Calcutta medical institutions reports 1871-78
Year: 1871
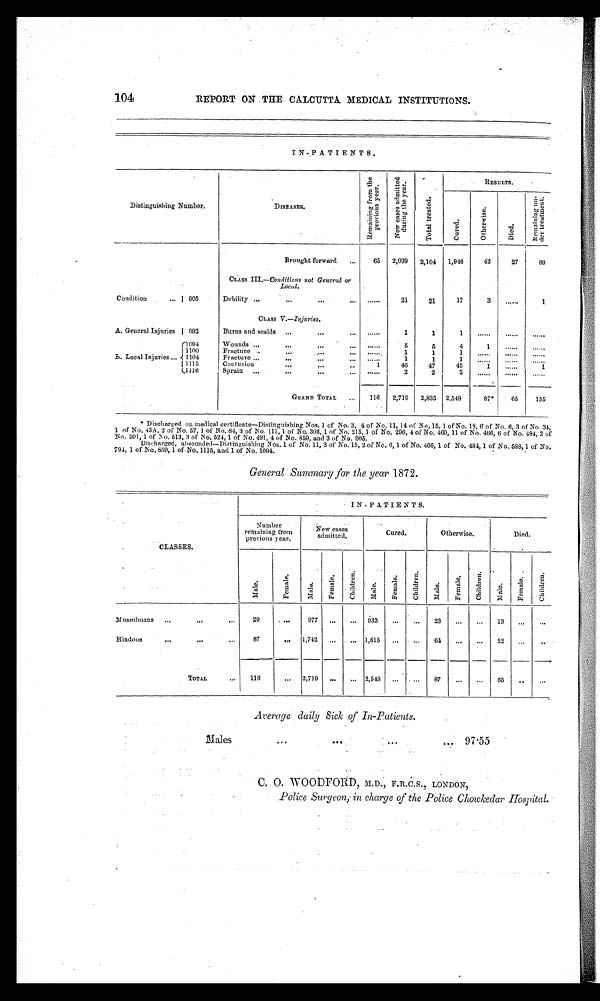
104
REPORT ON THE CALCUTTA MEDICAL INSTITUTIONS.
IN-PATIENTS.
Distinguishing Number.
DISEASES.
R e m a i n i n g f r o m t h e p r e v i o u s y e a r .
N e w c a s e s a d m i t t e d
d u r i n g t h e y e a r .
T o t a l t r e a t e d .
RESULTS.
C u r e d .
O t h e r w i s e .
Died.
Re ma i n i n g u n -
d e r t r e a t me n t .
Brought forward
65 2,039 2,104 1,946
42
27
89
CLASS III.—Conditions not General or
Local.
Condition
905
Debility
......
21
21
17
3
. . . . . .
1
CLASS V.—Injuries.
A. General Injuries 992
Burns and scalds
......
1
1
1
. . . . . .
. . . . . .
. . . . . .
B. Local Injuries
1094
Wounds
......
5
5
4
1
. . . . . .
. . . . . .
1100
Fracture
. . . . . .
1
1
1
. . . . . .
. . . . . .
. . . . . .
1104
Fracture
......
1
1
1
. . . . . .
. . . . . .
. . . . . .
1115
Contusion
1
46
47
45
1 ......
1
1116
Sprain
. . . . . . 2
2
2
. . . . . .
. . . . . .
. . . . . .
GRAND TOTAL
116 2,719 2,835 2,548
87*
65
135
* Discharged on medical certificate—Distinguishing Nos. 1 of No. 3, 4 of No. 11, 14 of No. 15, 1 of No. 18, 6 of No. 6, 3 of No. 34,
1 of No. 43A, 2 of No. 57, 1 of No. 84, 3 of No. 111, 1 of No. 306, 1 of No. 215, 1 of No. 296, 4 of No. 460, 11 of No. 466, 6 of No. 484, 2 of
No. 501, 1 of No. 513, 3 of No. 524, 1 of No. 491, 4 of No. 859, and 3 of No. 905.
DIscharged, absconded-Distinguishing Nos. 1 of No. 11, 3 of No. 15, 2 of No. 6, 1 of No. 466, 1 of No. 484, 1 of No. 588, 1 of No.
794, 1 of No. 859, 1 of. No. 1115, and 1 .of No. 1094.
General Summary for the year 1872.
CLASSES.
IN-PATIENTS.
Number
remaining from
previous year.
New cases
admitted.
Cured.
Otherwise.
Died.
Ma l e
F e ma l e .
Ma l e .
Femal e.
C h i l d r e n .
Ma l e . F e m a l e . Ch i l d r e n . Male. F e m a l e .
C h i l d r e n .
Ma l e
F e m a l e
Ch i l d r e n .
Mussulmans
29
...
977 ... ... 933 ...
... 23 ... ... 13 ...
...
Hindoos
87
... 1,742 ... ... 1,615 ... ... 64 ... ... 52 ... ...
TOTAL
116
... 2,719 ... ... 2,548 ... ... 87 ... ... 65 ... ...
Average daily Sick of In-Patients.
Males
...
...
...
97.55
C. O. WOODFORD, M.D., F.R.C.S., LONDON,
Police Surgeon,. in charge of the Police Chowkedar Hospital.